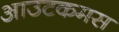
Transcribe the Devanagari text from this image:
आउटकमस